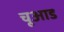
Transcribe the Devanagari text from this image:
चूआड